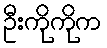
ဦးကိုကိုက